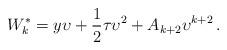
LaTeX: \begin{align*} W_k^*={{y}} {\upsilon} +\frac{1}{2}{\tau} {\upsilon}^2 +A_{k+2} {\upsilon}^{k+2}\, . \end{align*}